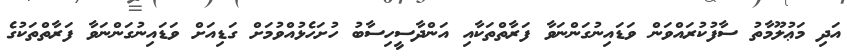
އަދި މަޢުލޫމާތު ސާފުކުރައްވަން ވަޑައިނުގަންނަވާ ފަރާތްތަކާއި އަންދާސީހިސާބު ހުށަހެޅުއްވުމަށް ގަޑިއަށް ވަޑައިނުގަންނަވާ ފަރާތްތަކުގެ